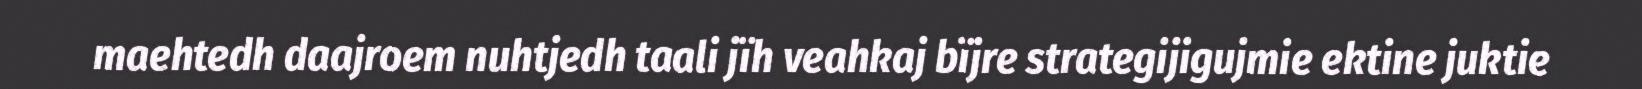
maehtedh daajroem nuhtjedh taali jïh veahkaj bïjre strategijigujmie ektine juktie